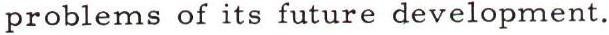
problems of its future development.